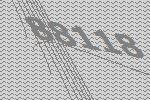
88118